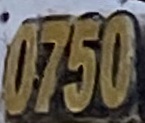
0750